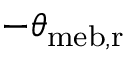
- \theta _ { \mathrm { { m e b , r } } }